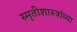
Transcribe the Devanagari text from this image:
स्मृतीशास्त्रांच्या